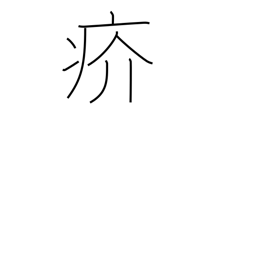
Meaning: scabby eruption